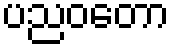
ပညဝတော